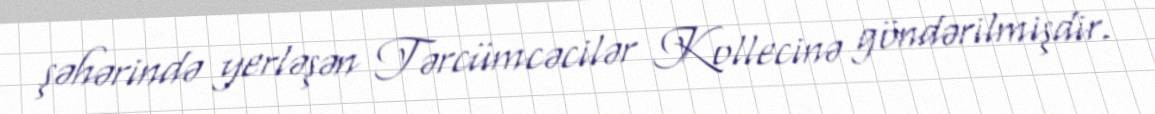
şəhərində yerləşən Tərcümcəcilər Kollecinə göndərilmişdir.